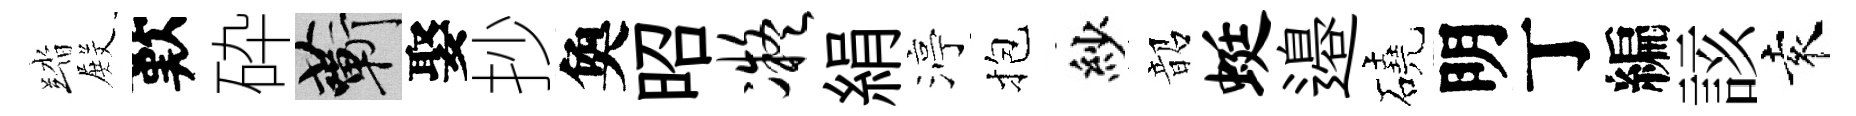
踏𭮺歎砕蔪娶抄奐昭凝絹渟抱紗韶蜓邉磽明丁編該袁